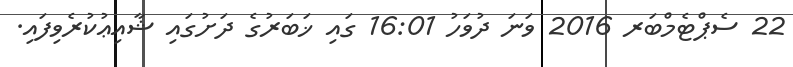
22 ސެޕްޓެމްބަރ 2016 ވަނަ ދުވަހު 16:01 ގައި ޚަބަރުގެ ދަށުގައި ޝާއިޢުކުރެވިފައި.